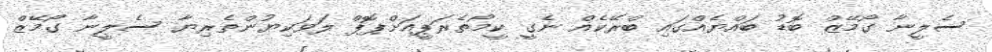
ސެލީނާ ގޯމޭޒް ބޮޑު ބައްޔެއްގައި ބްރޭކެއް ނެގީ ކީމޯތެރަޕީއަށްޕޮޕް ލަވަކިޔުންތެރިޔާ ސެލީނާ ގޯމޭޒް